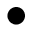
\bullet